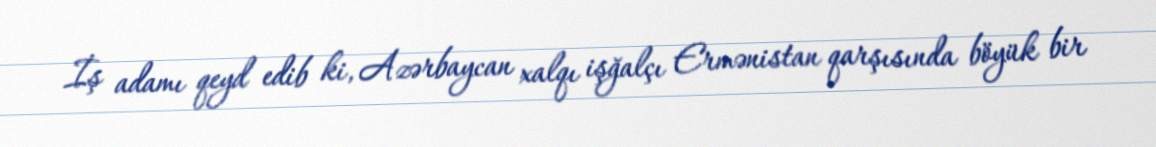
İş adamı qeyd edib ki, Azərbaycan xalqı işğalçı Ermənistan qarşısında böyük bir